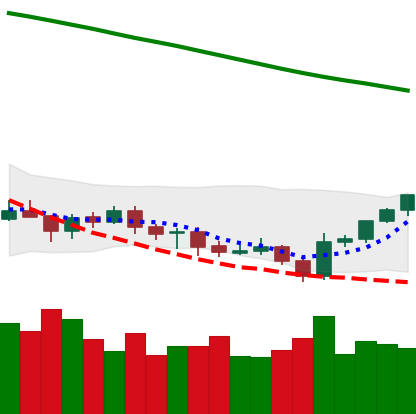
Ticker: BTC-USD
Chart end date: 2021-07-25
Forward return: 19.478%
Label: up_7plus